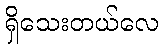
ရှိသေးတယ်လေ